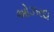
ઓઝરદા